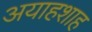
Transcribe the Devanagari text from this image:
अयाहशाह